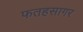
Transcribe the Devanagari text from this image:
फतहसागर